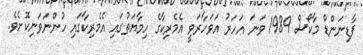
ފާޑިނަންޑް މާކޯސް 1989 ވަނަ އަހަރު އަވަހާރަވީ އެމެރިކާގެ ހިމާޔަތުގައި އެމެރިކާގައި ހުންނަވަނިކޮށެވެ.